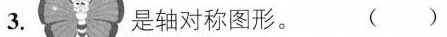
3. 是轴对称图形。 ()